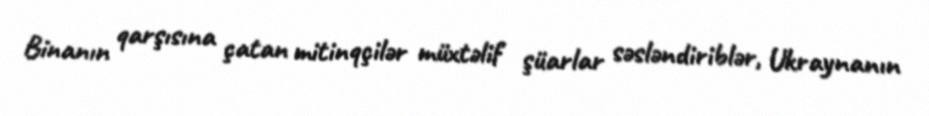
Binanın qarşısına çatan mitinqçilər müxtəlif şüarlar səsləndiriblər, Ukraynanın